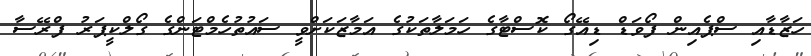
ހަޒާޑާއި ސްޕެއިން ފޯވަޑް ޑިއޭގޯ ކޮސްޓާގެ ހަމަލާތަކުގެ އަމާޒަކަށްވީ ސައުތުހެމްޓަންގެ ގޯލްކީޕަރު ފްރޭސާ